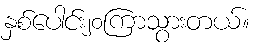
နှစ်ပေါင်း၂၀ကြာသွားတယ်။